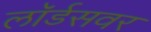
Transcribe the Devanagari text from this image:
लॉर्डसवर